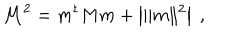
\mathcal { M } ^ { 2 } = m ^ { t } M m + \left| \| m \| ^ { 2 } \right| \ ,